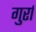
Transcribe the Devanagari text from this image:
गुर्रा